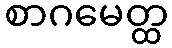
စာဂမေတ္ထ